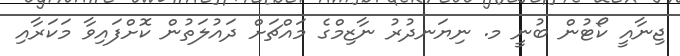
ޖިނާއީ ކޯޓުން ބުނީ މ. ނިޔަނދުރު ނާޒިމްގެ މައްޗަށް ދައުލަތުން ކޮށްފައިވާ މަކަރާއި